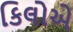
કિલોએ